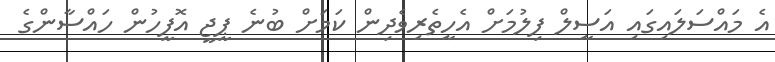
އެ މައްސަލައިގައި އަސީލް ފިލުމަށް އެހީތެރިވެދިން ކަމަށް ބުނެ ޕީޖީ އޮފީހުން ހައްސާންގެ